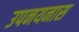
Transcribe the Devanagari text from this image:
उपनयनास